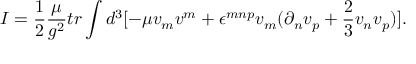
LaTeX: I = \frac { 1 } { 2 } \frac { \mu } { g ^ { 2 } } t r \int d ^ { 3 } [ - \mu v _ { m } v ^ { m } + \epsilon ^ { m n p } v _ { m } ( \partial _ { n } v _ { p } + \frac { 2 } { 3 } v _ { n } v _ { p } ) ] .